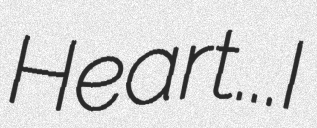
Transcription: Heart...I